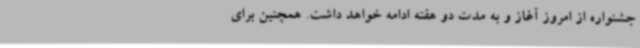
جشنواره از امروز آغاز و به مدت دو هفته ادامه خواهد داشت. همچنین برای